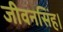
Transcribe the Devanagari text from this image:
जीवनसिंह।